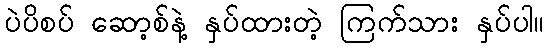
ပဲပိစပ် ဆော့စ်နဲ့ နှပ်ထားတဲ့ ကြက်သား နှပ်ပါ။